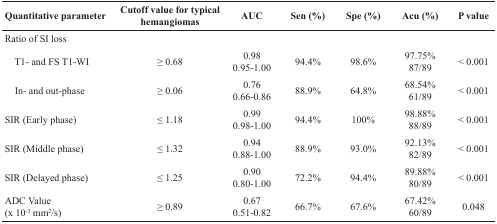
<table><thead><tr><td><b>Quantitative parameter</b></td><td><b>Cutoff value for typical hemangiomas</b></td><td><b>AUC</b></td><td><b>Sen (%)</b></td><td><b>Spe (%)</b></td><td><b>Acu (%)</b></td><td><b>P value</b></td></tr></thead><tbody><tr><td>Ratio of SI loss</td><td></td><td></td><td></td><td></td><td></td><td></td></tr><tr><td> T1- and FS T1-WI</td><td>≥ 0.68</td><td>0.980.95-1.00</td><td>94.4%</td><td>98.6%</td><td>97.75%87/89</td><td>&lt; 0.001</td></tr><tr><td> In- and out-phase</td><td>≥ 0.06</td><td>0.760.66-0.86</td><td>88.9%</td><td>64.8%</td><td>68.54%61/89</td><td>&lt; 0.001</td></tr><tr><td>SIR (Early phase)</td><td>≤ 1.18</td><td>0.990.98-1.00</td><td>94.4%</td><td>100%</td><td>98.88%88/89</td><td>&lt; 0.001</td></tr><tr><td>SIR (Middle phase)</td><td>≤ 1.32</td><td>0.940.88-1.00</td><td>88.9%</td><td>93.0%</td><td>92.13%82/89</td><td>&lt; 0.001</td></tr><tr><td>SIR (Delayed phase)</td><td>≤ 1.25</td><td>0.900.80-1.00</td><td>72.2%</td><td>94.4%</td><td>89.88%80/89</td><td>&lt; 0.001</td></tr><tr><td>ADC Value(x 10<sup>-3</sup> mm<sup>2</sup>/s)</td><td>≥ 0.89</td><td>0.670.51-0.82</td><td>66.7%</td><td>67.6%</td><td>67.42%60/89</td><td>0.048</td></tr></tbody></table>